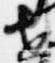
世